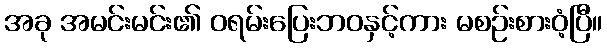
အခု အမင်းမင်း၏ ဝရမ်းပြေးဘဝနှင့်ကား မစဉ်းစားဝံ့ပြီ။